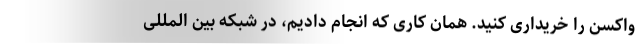
واکسن را خریداری کنید. همان کاری که انجام دادیم، در شبکه بین المللی